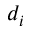
d _ { i }